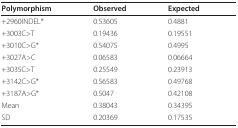
| Polymorphism | Observed | Expected |
 | --- | --- | --- |
 | +2960INDEL* | 0.53605 | 0.4881 |
 | +3003C>T | 0.19436 | 0.19551 |
 | +3010C>G* | 0.54075 | 0.4995 |
 | +3027A>C | 0.06583 | 0.06664 |
 | +3035C>T | 0.25549 | 0.23913 |
 | +3142C>G* | 0.56583 | 0.49768 |
 | +3187A>G* | 0.5047 | 0.42108 |
 | Mean | 0.38043 | 0.34395 |
 | SD | 0.20369 | 0.17535 |